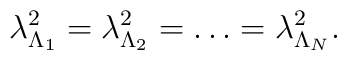
\lambda^2_{\Lambda_1} = \lambda^2_{\Lambda_2} = \dots = \lambda^2_{\Lambda_N}.